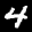
Label: 4